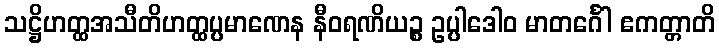
သဋ္ဌိဟတ္ထအသီတိဟတ္ထပ္ပမာဏေန နီဝရဏိယဉ္စ ဥပ္ပါဒေါဝ မာတင်္ဂေါ ဧကတ္တာတိ